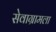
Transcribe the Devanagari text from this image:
सेवाग्रामला